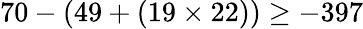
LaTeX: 70-(49+(19\times 22))\geq-397